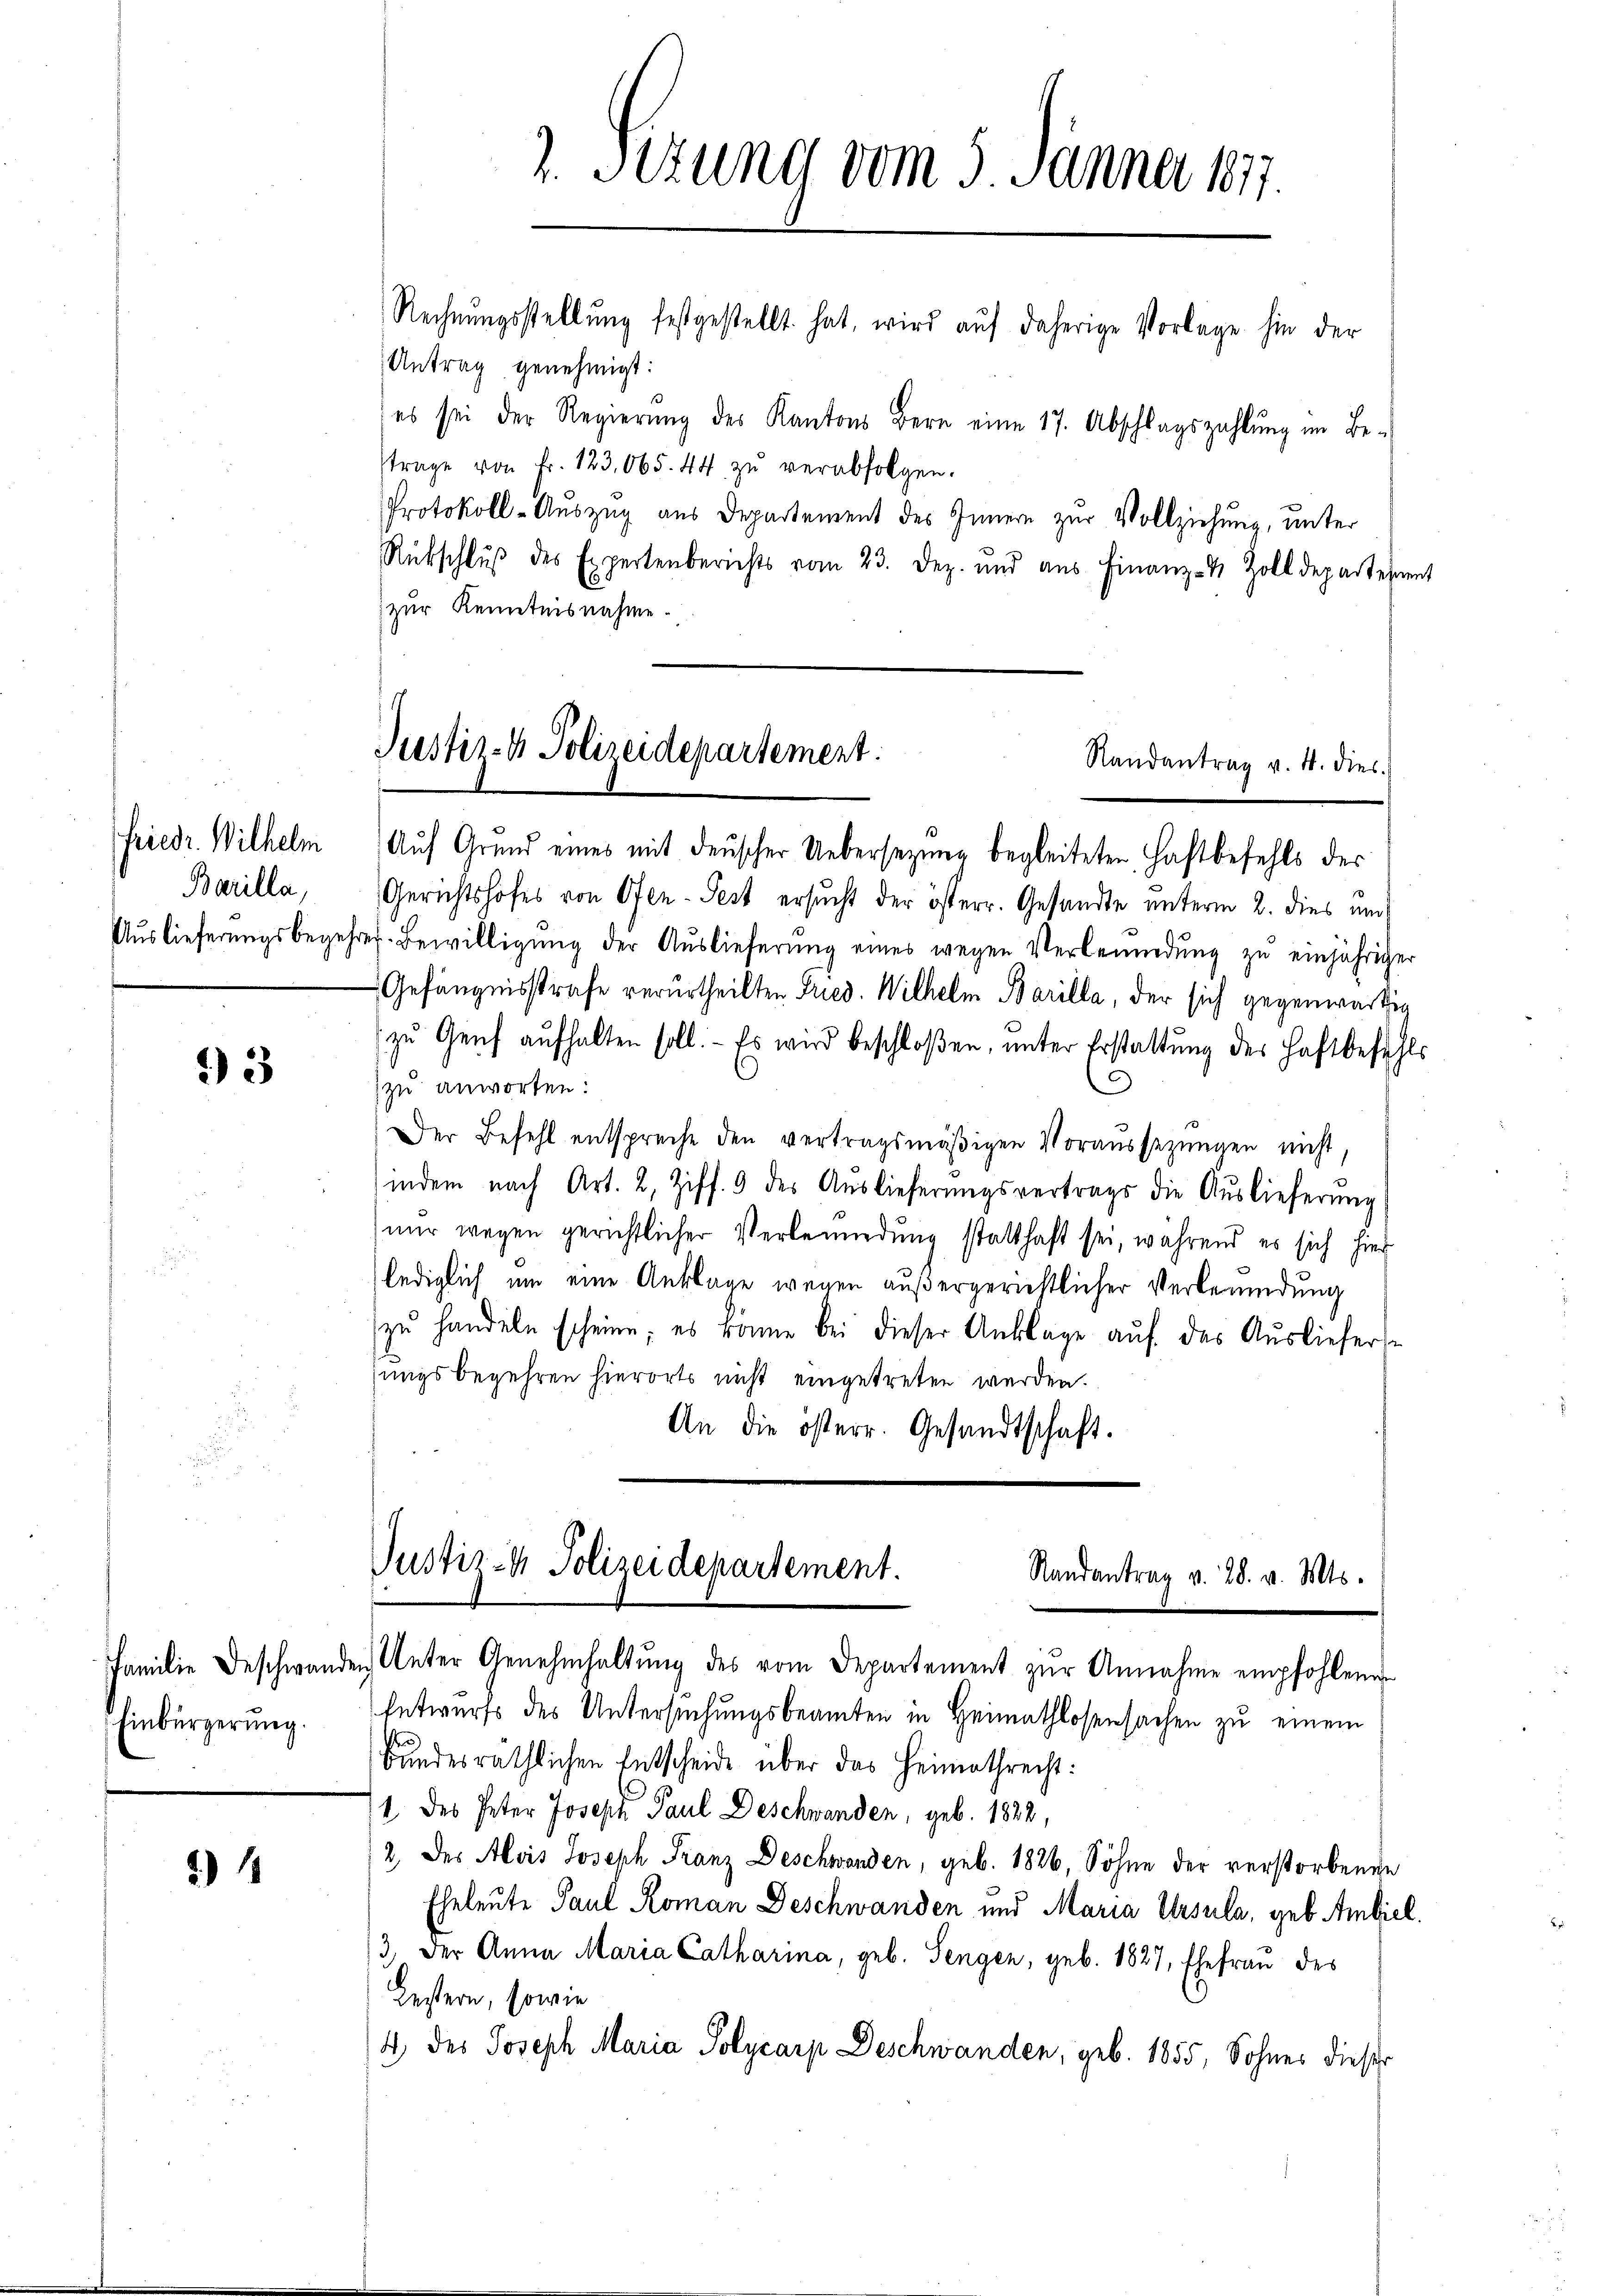
friedr. Wilhelm
Barilla,
Auslieferungsbegeh

3

Einbürgerung.

2) 11

2. Sizung vom 5. Jänner 1877.
Rechnŭngsstellŭng festgestellt hat, wird aŭf daherige Vorlage hin der

Antrag genehmigt:
es sei der Regierŭng des Kantons Bern eine 17. Abschlagszahlŭng im Be-
trage von Fr. 123,065. 44 zŭ verabfolgen.
Protokoll-Auszug aus Departement des Innern zur Vollziehung, unter
Rübschlŭβ des Expertenberichts vom 23. Dez. und aus Finanz- & Zolldepartement
zur Kenntnisnahme.
Auf Grund eines mit denscher Uebersezung begleiteten Haftbefehls des
Gerichtshofes von Ofen-Pest ersucht der österr. Gesandte unterm 2. dies und
rer Bewilligŭng der Aŭslieferŭng eines wegen Verbemidŭng zŭ einjähriger
Gefängnisstrafe verurtheilten Fried. Wilhelm Barilla, der sich gegenwärtig
zu Genf aufhalten soll. - Es wird beschloßen, unter Erstattung des Haftbefehls
.
zu anworten.
Der Befehl entspreche den vertragsmäßigen Voraussetzungen nicht,
indem nach Art. 2, Ziff. 9 des Aŭslieferŭngsvertrags die Aŭslieferŭng
nŭr wegen gerichtlicher Verbemuedŭng statthaft sei, während es sich hier
lediglich um eine Anklage wegen außergerichtlicher Verbenendung
zu handeln scheine; es könne bei dieser Anklage auf das Ausliefers
sungsbegehren hierorts nicht eingetreten werden.
An die österr. Gesandtschaft.
s
Justiz- & Polizeidepartement.
Randantrag v. 28. v. Mts.

Justiz- & Polizeidepartement.
Randantrag v. 4. dies

Familie Beschwanden Unter Genehmhaltung des vom Departement zur Annahme empfohlenen
Entwurfs des Untersuchungsbeamten in Heimathlosensachen zu einem
bundesräthlichen Entscheide über das Heimathrecht:
1 des Peter Joseph Paul Deschwanden, geb. 1822,
2, des Alois Joseph Franz Deschwanden, geb. 1826, Söhne der verstorbenen
Eheleute Paul Roman Deschwanden und Maria Ursula, geb. Ambiel.
3, der Anna Maria Catharina, geb. Sengen, geb. 1827, Ehefrau des
Bestern, sowie
4 des Joseph Maria Polycarp Deschwanden, geb. 1855, Sohnes dieser